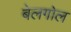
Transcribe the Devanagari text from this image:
बेलगोल